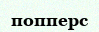
попперс